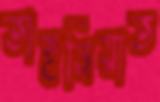
তাহনিয়াত